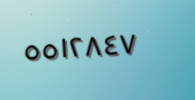
٥٥١٢٨٤٧